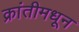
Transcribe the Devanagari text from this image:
क्रांतीमधून